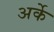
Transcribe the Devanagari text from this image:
अर्के